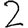
Digit: 2